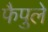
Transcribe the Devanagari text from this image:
फैपुले